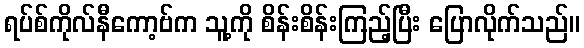
ရပ်စ်ကိုလ်နီကော့ဗ်က သူ့ကို စိန်းစိန်းကြည့်ပြီး ပြောလိုက်သည်။